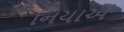
નિયાએ